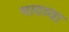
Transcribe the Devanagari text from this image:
भादव्या